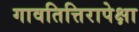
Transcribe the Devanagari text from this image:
गावतित्तिरापेक्षा